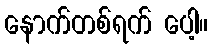
နောက်တစ်ရက် ပေါ့။